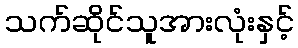
သက်ဆိုင်သူအားလုံးနှင့်